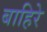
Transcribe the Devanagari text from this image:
बाहिरे